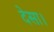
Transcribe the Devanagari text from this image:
देसा।